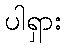
ပါရှား